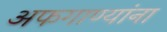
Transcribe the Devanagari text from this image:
अफगाण्यांना